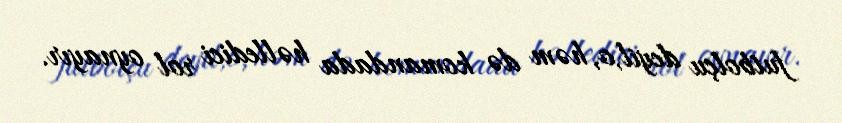
futbolçu deyil,o, həm də komandada həlledici rol oynayır.